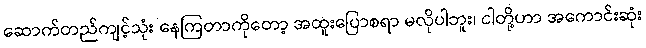
ဆောက်တည်ကျင့်သုံး နေကြတာကိုတော့ အထူးပြောစရာ မလိုပါဘူး၊ ငါတို့ဟာ အကောင်းဆုံး